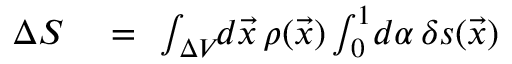
\begin{array} { r l r } { \Delta S } & { { } = } & { \! \! \int _ { \Delta V } \! \! d \vec { x } \, \rho ( \vec { x } ) \int _ { 0 } ^ { 1 } \! d \alpha \, \delta s ( \vec { x } ) } \end{array}